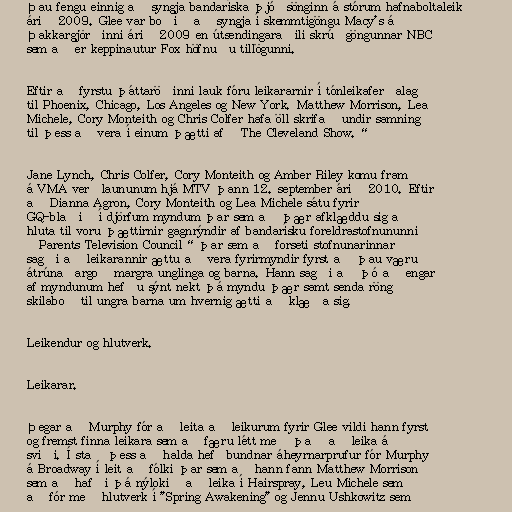
Þau fengu einnig að syngja bandaríska þjóðsönginn á stórum hafnaboltaleik
árið 2009. Glee var boðið að syngja í skemmtigöngu Macy's á
Þakkargjörðinni árið 2009 en útsendingaraðili skrúðgöngunnar NBC
sem að er keppinautur Fox höfnuðu tillögunni.

Eftir að fyrstu þáttaröðinni lauk fóru leikararnir í tónleikaferðalag
til Phoenix, Chicago, Los Angeles og New York. Matthew Morrison, Lea
Michele, Cory Monteith og Chris Colfer hafa öll skrifað undir samning
til þess að vera í einum þætti af „The Cleveland Show.“

Jane Lynch, Chris Colfer, Cory Monteith og Amber Riley komu fram
á VMA verðlaununum hjá MTV þann 12. september árið 2010. Eftir
að Dianna Agron, Cory Monteith og Lea Michele sátu fyrir
GQ-blaðið í djörfum myndum þar sem að þær afklæddu sig að
hluta til voru þættirnir gagnrýndir af bandarísku foreldrastofnununni
„Parents Television Council“ þar sem að forseti stofnunarinnar
sagði að leikarannir ættu að vera fyrirmyndir fyrst að þau væru
átrúnaðargoð margra unglinga og barna. Hann sagði að þó að engar
af myndunum hefðu sýnt nekt þá myndu þær samt senda röng
skilaboð til ungra barna um hvernig ætti að klæða sig.

Leikendur og hlutverk.

Leikarar.

Þegar að Murphy fór að leita að leikurum fyrir Glee vildi hann fyrst
og fremst finna leikara sem að færu létt með það að leika á
sviði. Í stað þess að halda hefðbundnar áheyrnarprufur fór Murphy
á Broadway í leit að fólki þar sem að hann fann Matthew Morrison
sem að hafði þá nýlokið að leika í Hairspray, Leu Michele sem
að fór með hlutverk í "Spring Awakening" og Jennu Ushkowitz sem